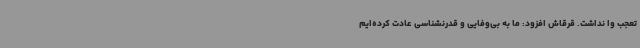
تعجب وا نداشت. قرقاش افزود: ما به بی‌وفایی و قدرنشناسی عادت کرده‌ایم